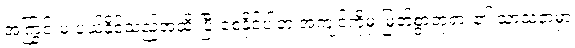
အကြွင်းမဲ့ ပယ်နိုင်သည်အထိ ပြီးစေနိုင်ပါတဲ့ အကျင့်ကိုမှ မြတ်စွာဘုရား၏ သာသနာမှာ